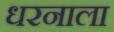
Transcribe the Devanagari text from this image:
धरनाला